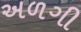
અળગી